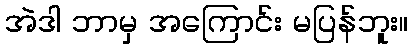
အဲဒါ ဘာမှ အကြောင်း မပြန်ဘူး။